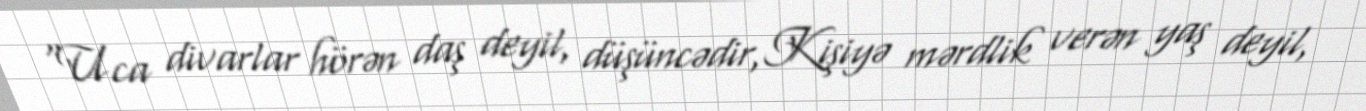
“Uca divarlar hörən daş deyil, düşüncədir,Kişiyə mərdlik verən yaş deyil,